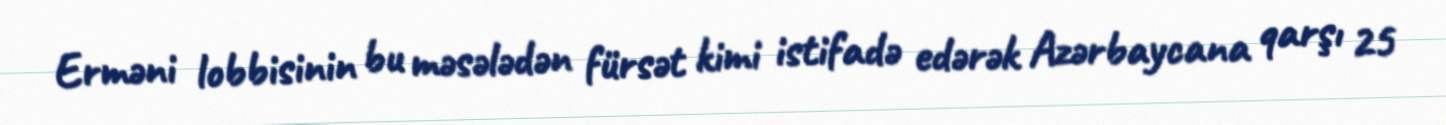
Erməni lobbisinin bu məsələdən fürsət kimi istifadə edərək Azərbaycana qarşı 25